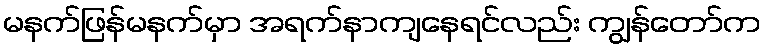
မနက်ဖြန်မနက်မှာ အရက်နာကျနေရင်လည်း ကျွန်တော်က